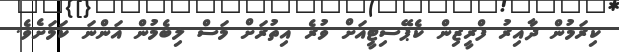
ކިރަމުން ދާއިރު ފްރީޒިން ކެޕޭސިޓީއަށް ވުރެ އިތުރަށް މަސް ލިބެމުން އަންނަ ކަމަށެވެ.